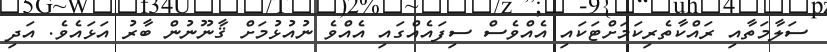
ސަލާމަތާއި ރައްކާތެރިކަމަށްޓަކައި އެއްވެސް ސިފައެއްގައި އެއްވެ ނުއުޅުމަށް ޤާނޫނުން ބާރު އަޅައެވެ. އަދި